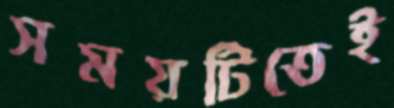
সময়টিতেই